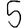
Digit: 5